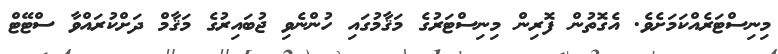
މިނިސްޓަރެއްކަމަށެވެ. އެގޮތުން ފޮރިން މިނިސްޓަރުގެ މަޤާމުގައި ހުންނެވި ޖުބައިރުގެ މަޤާމް ދަށްކުރައްވާ ސްޓޭޓް